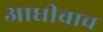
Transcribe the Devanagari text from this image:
आधीचाच